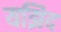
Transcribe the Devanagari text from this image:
यझिद